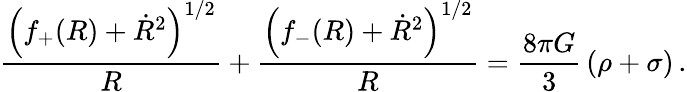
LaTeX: \frac{\left(f_{+}(R)+\dot{R}^{2}\right)^{1/2}}{R}+\frac{\left(f_{-}(R)+\dot{R}^{2}\right)^{1/2}}{R}=\frac{8\pi G}{3}\, (\rho+\sigma)\, .